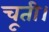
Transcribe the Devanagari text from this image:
चूती।